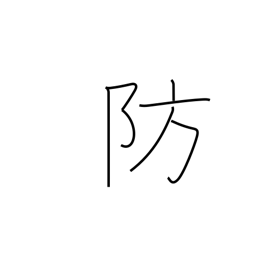
Meaning: ward off